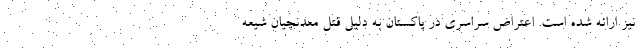
نیز ارائه شده است. اعتراض سراسری در پاکستان به دلیل قتل معدنچیان شیعه